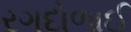
રગદોળાઈ